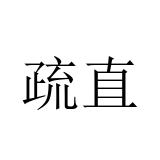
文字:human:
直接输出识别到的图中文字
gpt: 疏直